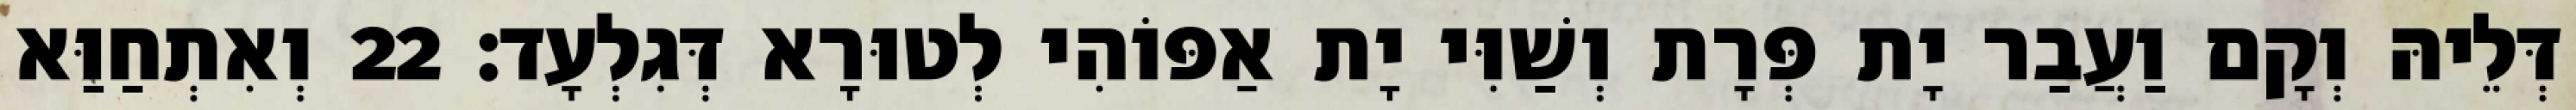
דְּלֵיהּ וְקָם וַעֲבַר יָת פְּרָת וְשַׁוִּי יָת אַפּוֹהִי לְטוּרָא דְּגִלְעָד׃ 22 וְאִתְחַוַּא